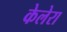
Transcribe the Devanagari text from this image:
केलेरा